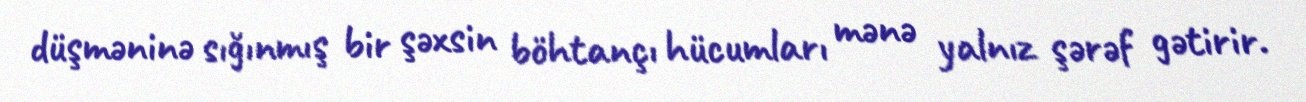
düşməninə sığınmış bir şəxsin böhtançı hücumları mənə yalnız şərəf gətirir.